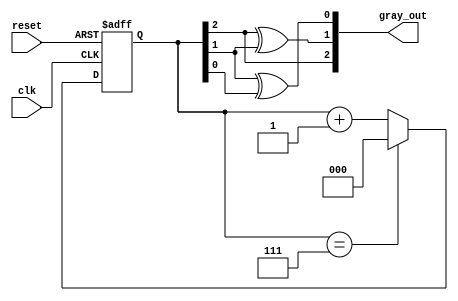
module gray_code_async_counter(
    input wire clk,             // Clock input
    input wire reset,           // Asynchronous reset input
    output reg [2:0] gray_out   // 3-bit Gray code output
);

// Internal signal to hold the binary representation
reg [2:0] binary_out;

// Combinational logic to convert binary to Gray code
function [2:0] binary_to_gray(input [2:0] bin);
    begin
        binary_to_gray[2] = bin[2];                  // MSB stays the same
        binary_to_gray[1] = bin[2] ^ bin[1];         // XOR with the previous bit
        binary_to_gray[0] = bin[1] ^ bin[0];         // XOR with the previous bit
    end
endfunction

// Asynchronous counter logic
always @(posedge clk or posedge reset) begin
    if (reset) begin
        // Reset state
        binary_out <= 3'b000;  // Reset to 0
    end else begin
        // Increment binary counter
        binary_out <= binary_out + 3'b001; // Increment binary value
        
        // Handle wrap around from 7 to 0; 3-bit Gray code counts from 0 to 7
        if (binary_out == 3'b111)
            binary_out <= 3'b000;
    end
end

// Update Gray code output based on the current binary value
always @(*) begin
    gray_out = binary_to_gray(binary_out); // Convert binary to Gray code
end

endmodule